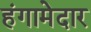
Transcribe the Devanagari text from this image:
हंगामेदार